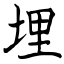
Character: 埋